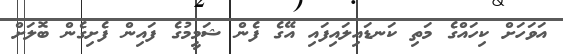
އަވަހަށް ކިހައްގެ މަތި ކަނޑައިލައިފައި އޭގެ ފެން ޝަމީމުގެ ފައިން ފެށިގެން ބޮލަށް